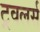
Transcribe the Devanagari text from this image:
ट्रवलर्स